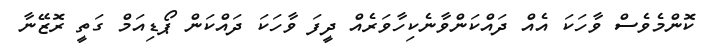
ކޮންމެވެސް ވާހަކަ އެއް ދައްކަންވާނެކިހާވަރެއް ދީފަ ވާހަކަ ދައްކަން ޕޯޑިއަމް ގަތީ ރޮޒޭނާ